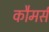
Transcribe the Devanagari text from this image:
कौमर्स